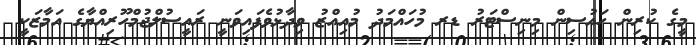
މީގެ ކުރިން ހައުސިން މިނިސްޓަރު ޑރ މުހައްމަދު މުއިއްޒު ވިދާޅުވެފައިވަނީ ރައީސުލްޖުމްހޫރިއްޔާގެ އަމާޒަކީ